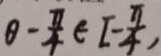
\theta - \frac { \pi } { 4 } \in [ - \frac { \pi } { 4 } ,